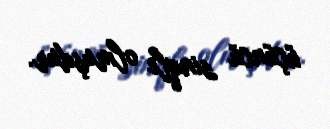
üçüncü sinqlı olmuşdur.